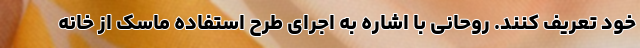
خود تعریف کنند. روحانی با اشاره به اجرای طرح استفاده ماسک از خانه